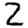
Digit: 2